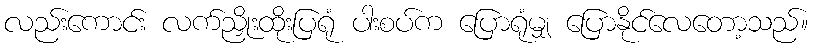
လည်းကောင်း လက်ညှိုးထိုးပြရုံ ပါးစပ်က ပြောရုံမျှ ပြောနိုင်လေတော့သည်။